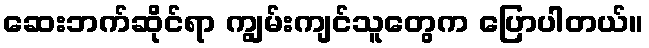
ဆေးဘက်ဆိုင်ရာ ကျွမ်းကျင်သူတွေက ပြောပါတယ်။